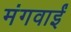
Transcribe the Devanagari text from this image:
मंगवाईं